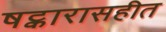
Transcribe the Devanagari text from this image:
षट्कारासहीत